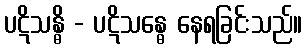
ပဋိသန္ဓိ - ပဋိသန္ဓေ နေရခြင်းသည်။